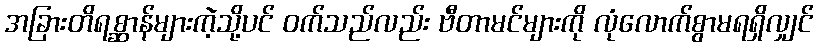
အခြားတိရစ္ဆာန်များကဲ့သို့ပင် ဝက်သည်လည်း ဗီတာမင်များကို လုံလောက်စွာမရရှိလျှင်